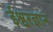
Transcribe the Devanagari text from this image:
ईश्वरज्ञान